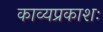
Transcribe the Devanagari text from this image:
काव्यप्रकाशः